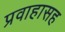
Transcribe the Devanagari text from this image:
प्रवाहासह